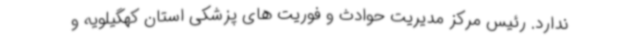
ندارد. رئیس مرکز مدیریت حوادث و فوریت های پزشکی استان کهگیلویه و